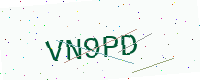
Text: VN9PD